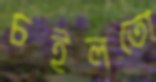
চইলতো